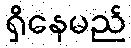
ရှိနေမည်